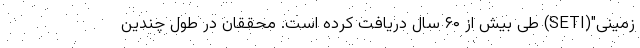
زمینی"(SETI) طی بیش از ۶۰ سال دریافت کرده است. محققان در طول چندین